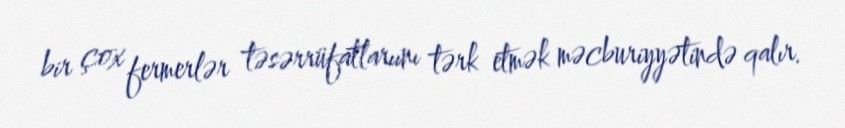
bir çox fermerlər təsərrüfatlarıını tərk etmək məcburiyyətində qalır.